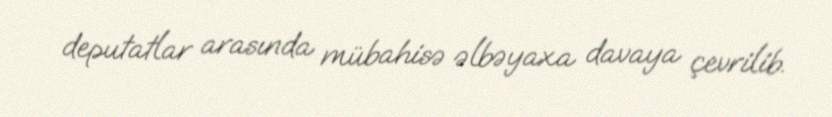
deputatlar arasında mübahisə əlbəyaxa davaya çevrilib.